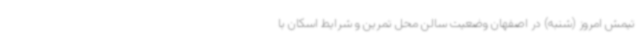
تیمش امروز (شنبه) در اصفهان وضعیت سالن محل تمرین و شرایط اسکان با